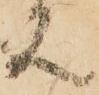
又